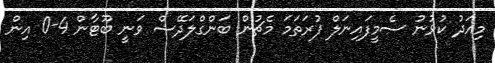
މިއަދު ކުޅުނު ސެމީފައިނަލް ފުރަތަމަ މެޗުން ބަންގްލަދޭޝް ވަނީ ބޫޓާން 4-0 އިން